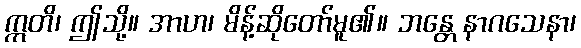
ဣတိ၊ ဤသို့။ အာဟ၊ မိန့်ဆိုတော်မူ၏။ ဘန္တေ နာဂသေနာ၊